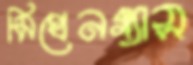
মিথেনগ্যাস